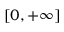
[ 0 , + \infty ]